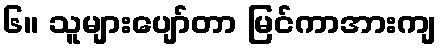
၆။ သူများပျော်တာ မြင်ကာအားကျ